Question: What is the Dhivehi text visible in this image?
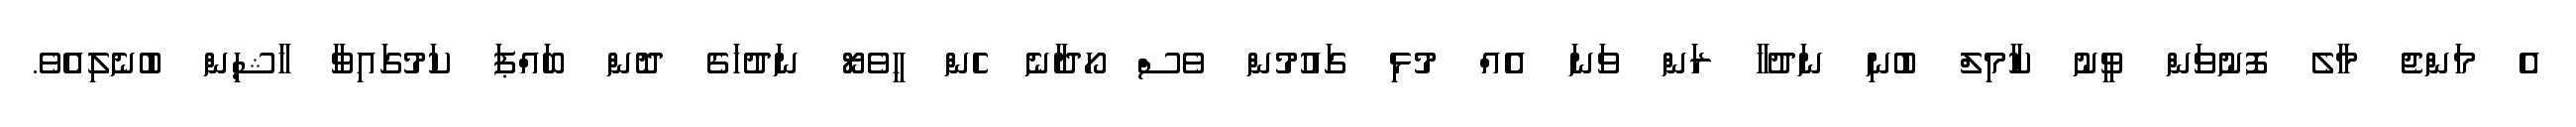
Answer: އެ މަންޖެ މާލެ ފޮނުވަން ވީނު ކާމިލް ބުނި ނަދުހާ ރަން ވަނަ އެއް މުޅި ގައުމުން ވެސް ހޯދާނެ ހެން ހީވެޔޯ ނަދުހަގެ ދޮން ބައްޕަ ކަމުގައިވާ ހާޝިން ބުނެލިއެވެ.